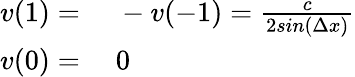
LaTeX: \begin{array}{rl}{v(1)={}}&{{}-v(-1)=\frac{c}{2sin(\Delta x)}}\\ {v(0)={}}&{{}0}\end{array}